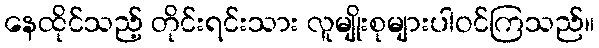
နေထိုင်သည့် တိုင်းရင်းသား လူမျိုးစုများပါဝင်ကြသည်။